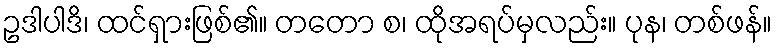
ဥဒါပါဒိ၊ ထင်ရှားဖြစ်၏။ တတော စ၊ ထိုအရပ်မှလည်း။ ပုန၊ တစ်ဖန်။